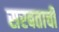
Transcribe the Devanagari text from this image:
सरबताची